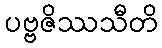
ပဗ္ဗဇိဿသီတိ